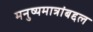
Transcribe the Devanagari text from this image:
मनुष्यमात्रांबद्दल